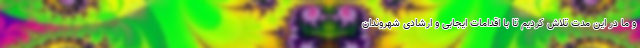
و ما در این مدت تلاش کردیم تا با اقدامات ایجابی و ارشادی شهروندان